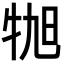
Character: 𪺬